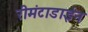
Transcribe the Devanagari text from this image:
रीमंटाडाईन